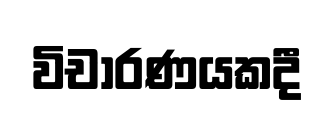
විචාරණයකදී